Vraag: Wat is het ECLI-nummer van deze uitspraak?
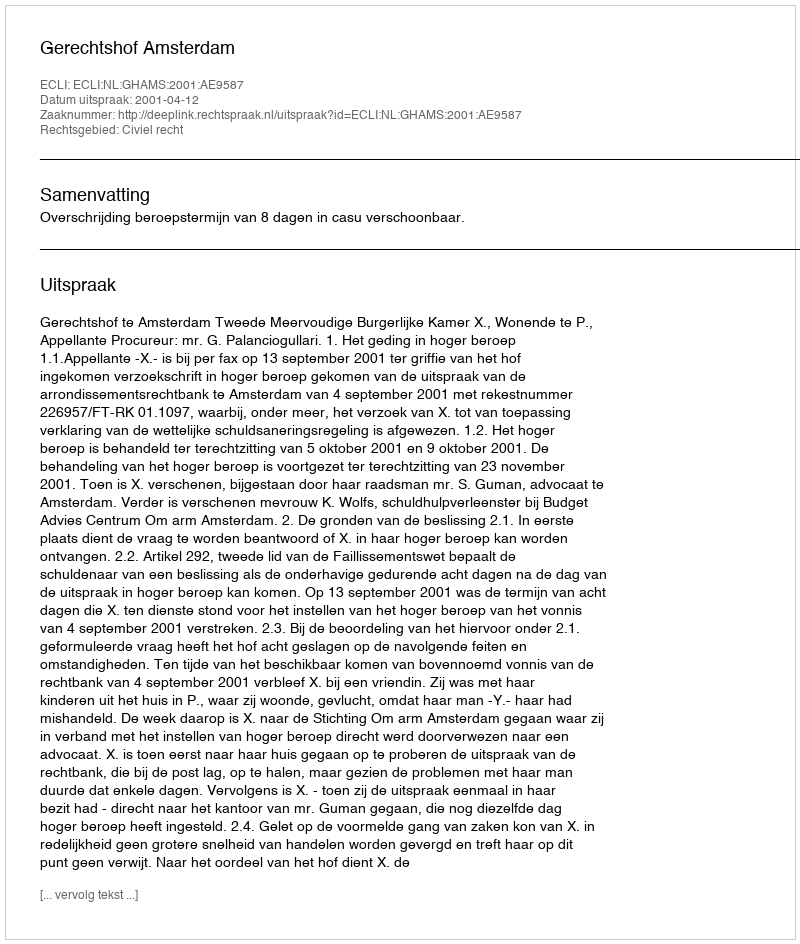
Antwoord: ECLI:NL:GHAMS:2001:AE9587